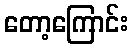
တော့ကြောင်း